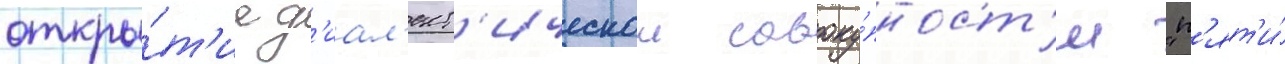
откры́т'ие д'иал'ект'ическои совоку́пност'и "п'ят'и́